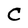
Character: C